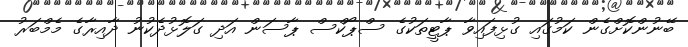
ބޭނުންކޮށްގެން ކަމުގައި ގުޅިފައިވާ ޕާޓީތަކުގެ ސްޕޯކްސް ޕާސަން އަދި ގަލޮޅުދެކުނު ދާއިރާގެ މެމްބަރު